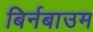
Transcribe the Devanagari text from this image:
बिर्नबाउम